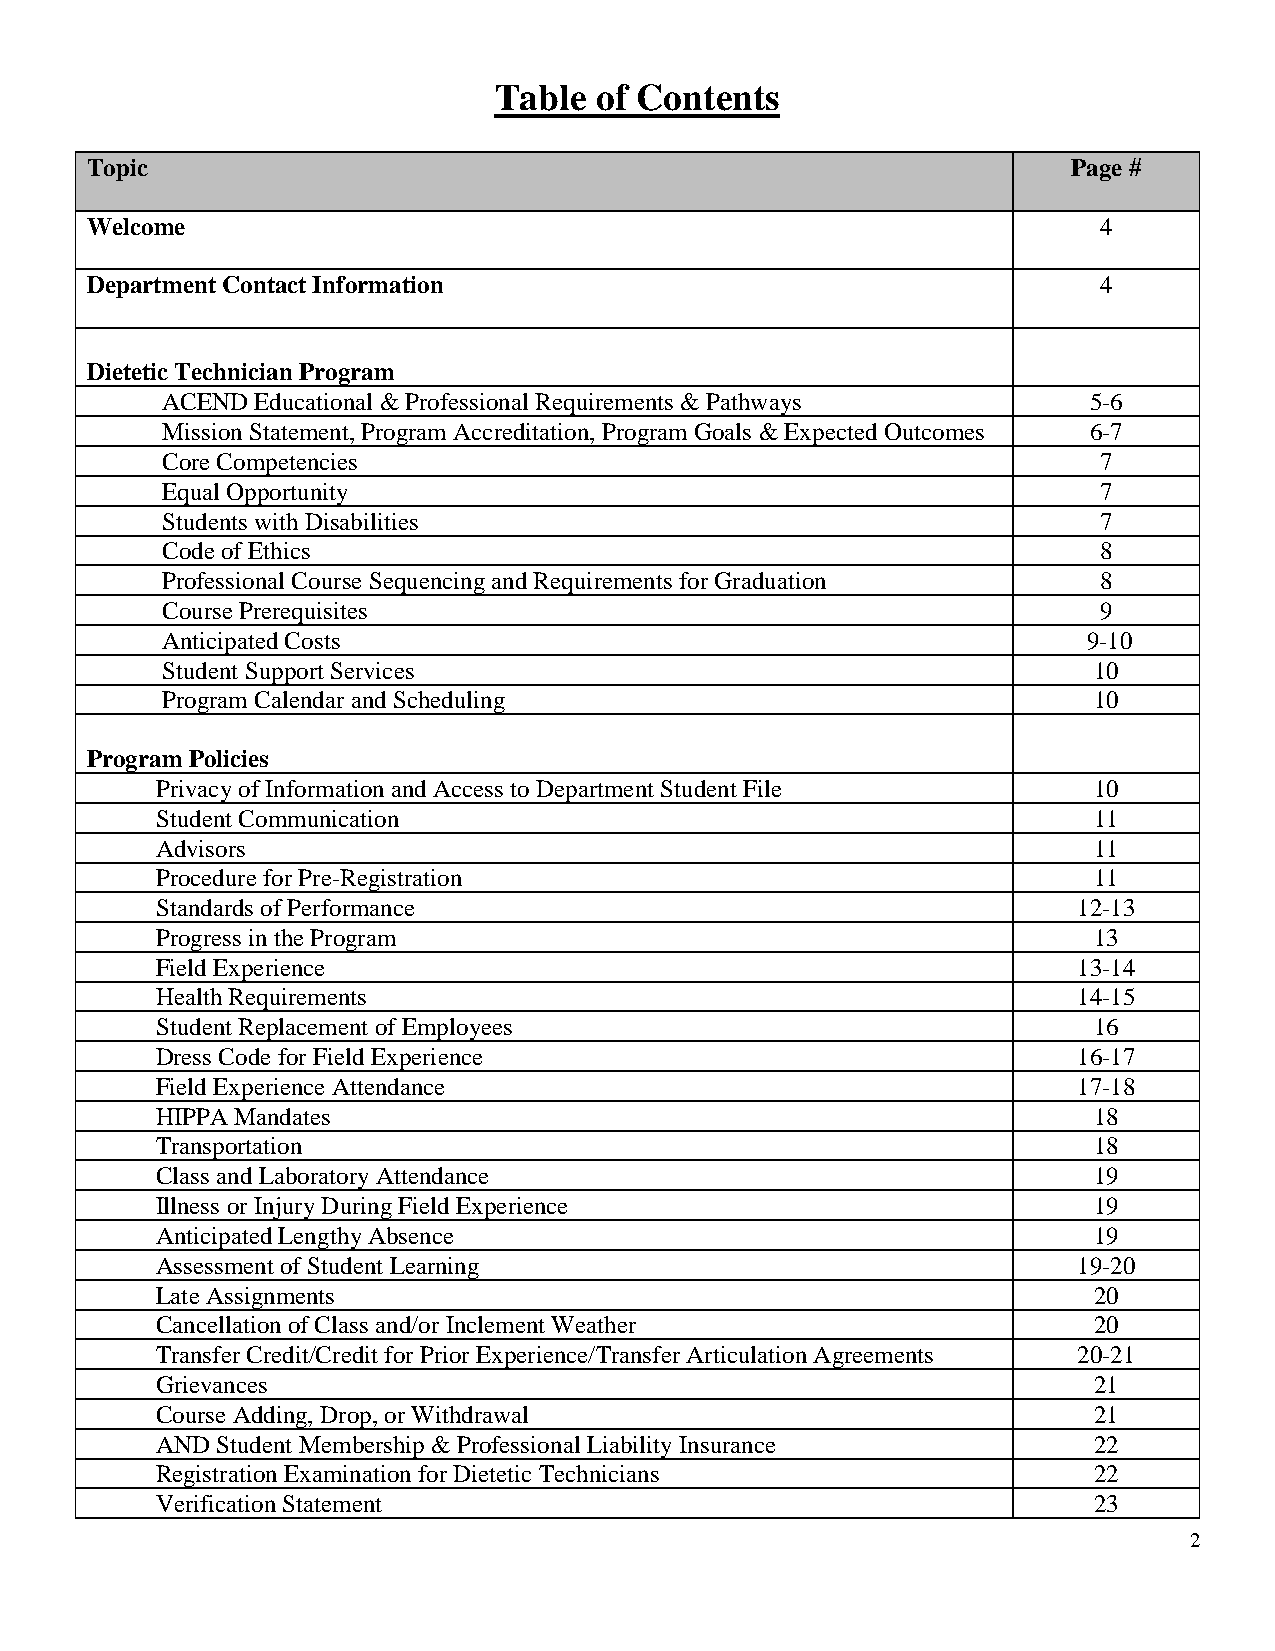
Table of Contents
 Topic                                                            Page #
 Welcome                                                            4
 Department Contact Information                                     4
 Dietetic Technician Program
 ACEND Educational & Professional Requirements & Pathways     5-6
 Mission Statement, Program Accreditation, Program Goals & Expected Outcomes 6-7
 Core Competencies                                             7
 Equal Opportunity                                             7
 Students with Disabilities                                    7
 Code of Ethics                                                8
 Professional Course Sequencing and Requirements for Graduation 8
 Course Prerequisites                                          9
 Anticipated Costs                                            9-10
 Student Support Services                                     10
 Program Calendar and Scheduling                              10
 Program Policies
 Privacy of Information and Access to Department Student File  10
 Student Communication                                         11
 Advisors                                                      11
 Procedure for Pre-Registration                                11
 Standards of Performance                                     12-13
 Progress in the Program                                       13
 Field Experience                                             13-14
 Health Requirements                                          14-15
 Student Replacement of Employees                              16
 Dress Code for Field Experience                              16-17
 Field Experience Attendance                                  17-18
 HIPPA Mandates                                                18
 Transportation                                                18
 Class and Laboratory Attendance                               19
 Illness or Injury During Field Experience                     19
 Anticipated Lengthy Absence                                   19
 Assessment of Student Learning                               19-20
 Late Assignments                                              20
 Cancellation of Class and/or Inclement Weather                20
 Transfer Credit/Credit for Prior Experience/Transfer Articulation Agreements 20-21
 Grievances                                                    21
 Course Adding, Drop, or Withdrawal                            21
 AND Student Membership & Professional Liability Insurance     22
 Registration Examination for Dietetic Technicians             22
 Verification Statement                                        23
 2